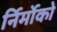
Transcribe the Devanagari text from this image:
र्निर्मोको